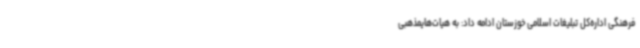
فرهنگی اداره‌کل تبلیغات اسلامی خوزستان ادامه داد: به هیات‌هایمذهبی